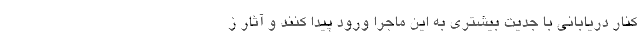
کنار دریابانی با جدیت بیشتری به این ماجرا ورود پیدا کنند و آثار ز